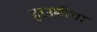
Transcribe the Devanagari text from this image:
हाउमीया